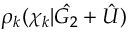
\rho _ { k } ( \chi _ { k } | \hat { G _ { 2 } } + \hat { U } )